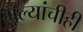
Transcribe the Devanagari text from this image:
मूल्यांचीही